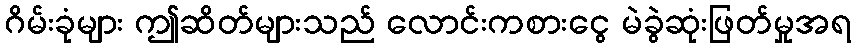
ဂိမ်းခုံများ ဤဆိတ်များသည် လောင်းကစားငွေ မဲခွဲဆုံးဖြတ်မှုအရ